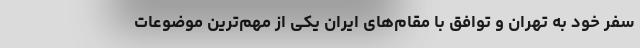
سفر خود به تهران و توافق با مقام‌های ایران یکی از مهم‌ترین موضوعات